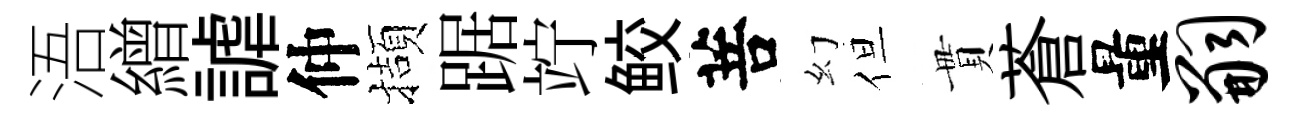
浯繒謔仲擷踞竚鲛菩幻但貫蒼量嗣